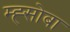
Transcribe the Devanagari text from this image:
म्ह्सोबा